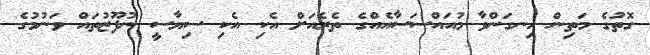
ގޮތުގެ މަތިން ހިނގަންވާ މުއައްސަސާއެއްގެ ތެރެއަށް އެކި އެކި ސިޔާސީ ނުފޫޒުތައް ވަނުމުގެ